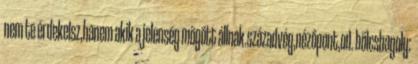
nem te érdekelsz,hanem akik a jelenség mögött állnak.századvég,nézőpont,od. bölcsbagoly: